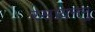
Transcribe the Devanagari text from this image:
रसायनमु